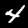
Digit: 4